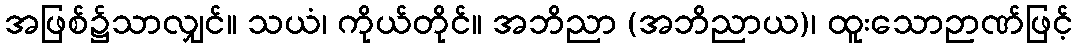
အဖြစ်၌သာလျှင်။ သယံ၊ ကိုယ်တိုင်။ အဘိညာ (အဘိညာယ)၊ ထူးသောဉာဏ်ဖြင့်